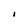
Character: I